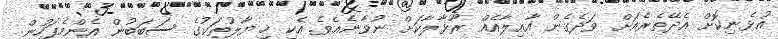
އުޅެނިކޮށް އެދޭތެރެއަށް ވަދެގެން އާއިލާއެއް ރޫޅާލާކަށް ނުވާނެއެވެ. އެކި ޚިޔާލުތަކުގެ ސަބަބުން އެންމެފަހުން